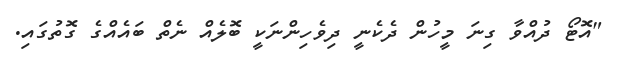
"އޮޓޯ ދުއްވާ ގިނަ މީހުން ދެކެނީ ދިވެހިންނަކީ ބޮލެއް ނެތް ބައެއްގެ ގޮތުގައި.